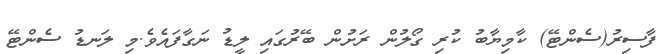
ފާސިރު(ސެންޓޭ) ކާމިޔާބު ކުރި ގޯލުން ރަށުން ބޭރުގައި ލީޑު ނަގާފައެވެ.މި ލަނޑު ސެންޓޭ